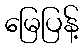
မြေပြန့်